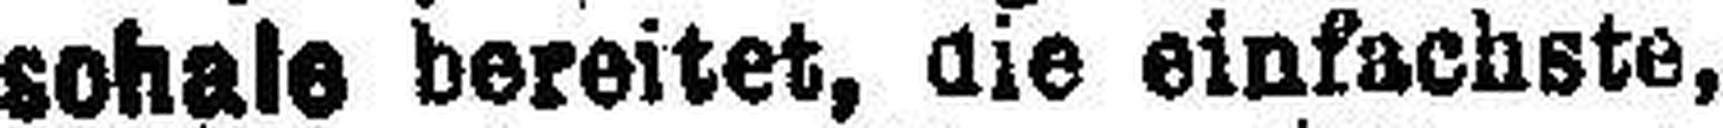
schale bereitet, die einfachste,